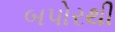
બપોરથી